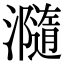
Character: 瀡